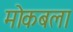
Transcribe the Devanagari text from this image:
मोकबला